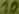
Text: 10